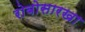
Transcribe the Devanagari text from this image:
रोबोसारखा